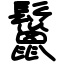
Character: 鬣